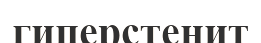
гиперстенит